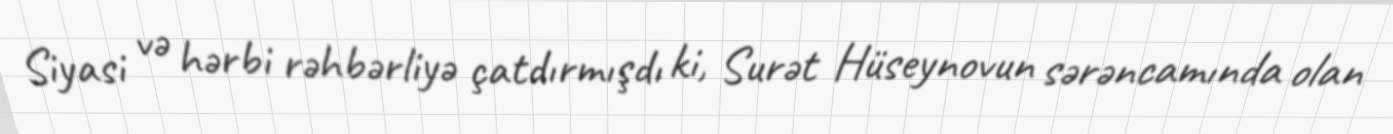
Siyasi və hərbi rəhbərliyə çatdırmışdı ki, Surət Hüseynovun sərəncamında olan